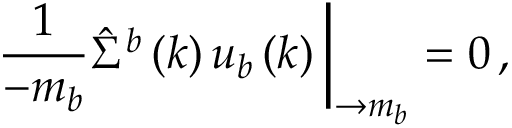
\frac { 1 } { \not { k } - m _ { b } } \hat { \Sigma } ^ { b } \left( k \right) u _ { b } \left( k \right) \bigg | _ { \not { k } \rightarrow m _ { b } } = 0 \, ,